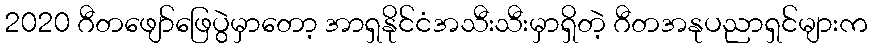
2020 ဂီတဖျော်ဖြေပွဲမှာတော့ အာရှနိုင်ငံအသီးသီးမှာရှိတဲ့ ဂီတအနုပညာရှင်များက